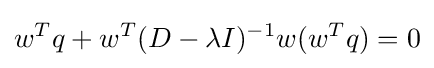
w^{T}q+w^{T}(D-\lambda I)^{-1}w(w^{T}q)=0